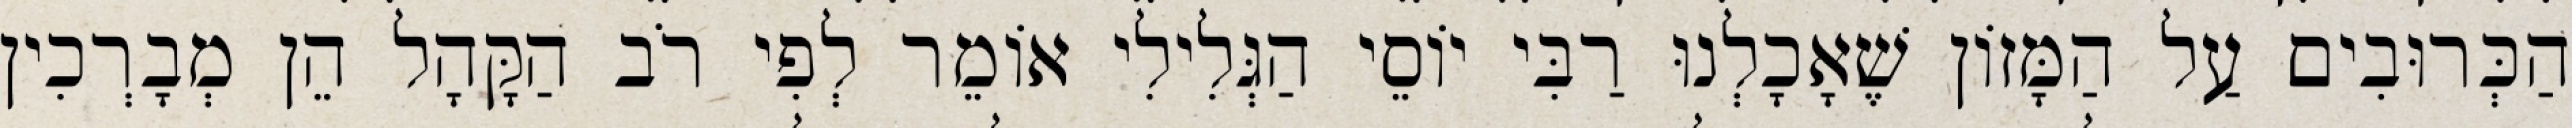
הַכְּרוּבִים עַל הַמָּזוֹן שֶׁאָכָלְנוּ רַבִּי יוֹסֵי הַגְּלִילִי אוֹמֵר לְפִי רֹב הַקָּהָל הֵן מְבָרְכִין